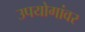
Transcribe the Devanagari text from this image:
उपयोगांवर